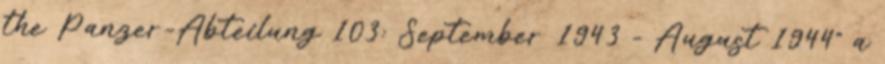
the Panzer-Abteilung 103: September 1943 - August 1944" a